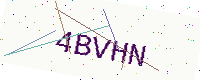
Text: 4BVHN